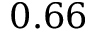
0 . 6 6